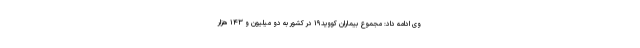
وی ادامه داد: مجموع بیماران کووید۱۹ در کشور به دو میلیون و ۱۴۳ هزار